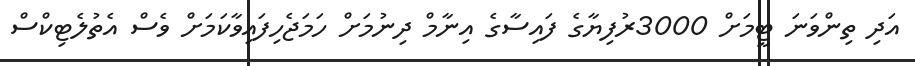
އަދި ތިންވަނަ ޓީމަށް 3000ރުފިޔާގެ ފައިސާގެ އިނާމް ދިނުމަށް ހަމަޖެހިފައިވާކަމަށް ވެސް އެތުލެޓިކްސް